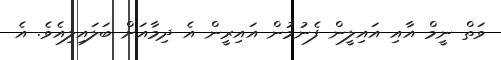
ވަތް ނީމް އާއި އައިލީން ފެނުމުން އައިރީން އެ ދިމާއަށް ބަލައިލިއެވެ. އެ